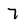
Character: 7